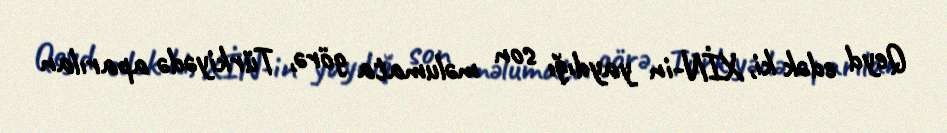
Qeyd edək ki, XİN-in yaydığı son məlumata görə, Türkiyədə aparılan